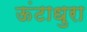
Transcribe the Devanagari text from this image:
ऊंटाधुरा